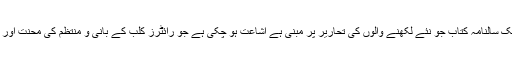
اس کے ساتھ ساتھ ایک سالنامہ کتاب جو نئے لکھنے والوں کی تحاریر پر مبنی ہے اشاعت ہو چکی ہے جو رائٹرز کلب کے بانی و منتظم کی محنت اور خلوص کا نتیجہ ہے۔